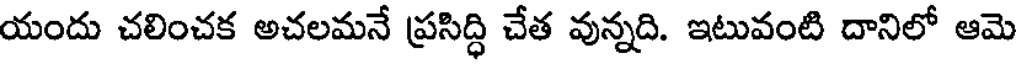
యందు చలించక అచలమనే ప్రసిద్ధి చేత వున్నది. ఇటువంటి దానిలో ఆమె